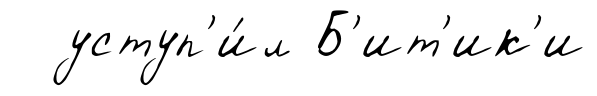
уступ'и́л Б'ит'ик'и